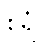
စိရံ